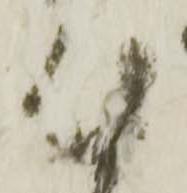
付